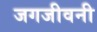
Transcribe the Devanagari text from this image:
जगजीवनी